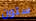
ستون